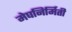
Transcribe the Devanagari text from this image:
मेघनिर्मिती